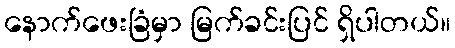
နောက်ဖေးခြံမှာ မြက်ခင်းပြင် ရှိပါတယ်။